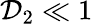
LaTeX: \mathcal{D}_{2}\ll 1